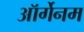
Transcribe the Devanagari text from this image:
ऑर्गेनम